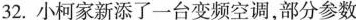
32.小柯家新添了一台变频空调，部分参数